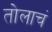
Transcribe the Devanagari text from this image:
तोलाचं